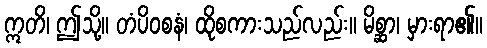
ဣတိ၊ ဤသို့။ တံပိဝစနံ၊ ထိုစကားသည်လည်း။ မိစ္ဆာ၊ မှားရာ၏။